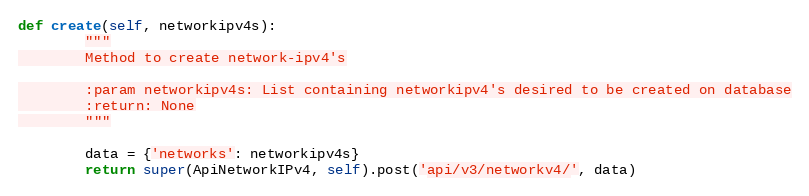
Language: Python
def create(self, networkipv4s):
        """
        Method to create network-ipv4's

        :param networkipv4s: List containing networkipv4's desired to be created on database
        :return: None
        """

        data = {'networks': networkipv4s}
        return super(ApiNetworkIPv4, self).post('api/v3/networkv4/', data)